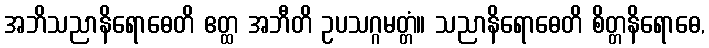
အဘိသညာနိရောဓေတိ ဧတ္ထ အဘီတိ ဥပသဂ္ဂမတ္တံ။ သညာနိရောဓေတိ စိတ္တနိရောဓေ,